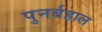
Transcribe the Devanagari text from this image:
पुनर्बहाल